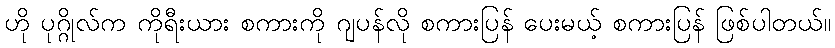
ဟို ပုဂ္ဂိုလ်က ကိုရီးယား စကားကို ဂျပန်လို စကားပြန် ပေးမယ့် စကားပြန် ဖြစ်ပါတယ်။